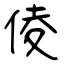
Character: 倰